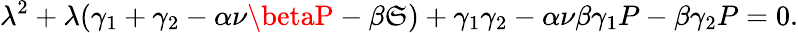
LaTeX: \lambda^{2}+\lambda(\gamma_{1}+\gamma_{2}-\alpha\nu\betaP-\beta\mathfrak{S})+\gamma_{1}\gamma_{2}-\alpha\nu\beta\gamma_{1}P-\beta\gamma_{2}P=0.